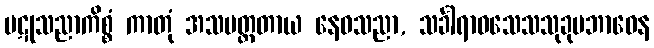
ပဋုသညာကိစ္စံ ကာတုံ အသမတ္ထတာယ နေဝသညာ, သင်္ခါရာဝသေသသုခုမဘာဝေန